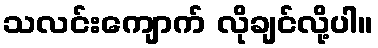
သလင်းကျောက် လိုချင်လို့ပါ။